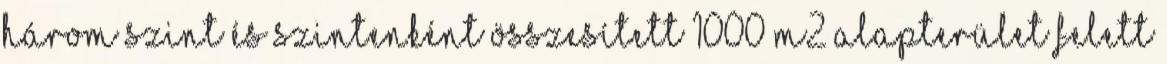
három szint és szintenként összesített 1000 m2 alapterület felett